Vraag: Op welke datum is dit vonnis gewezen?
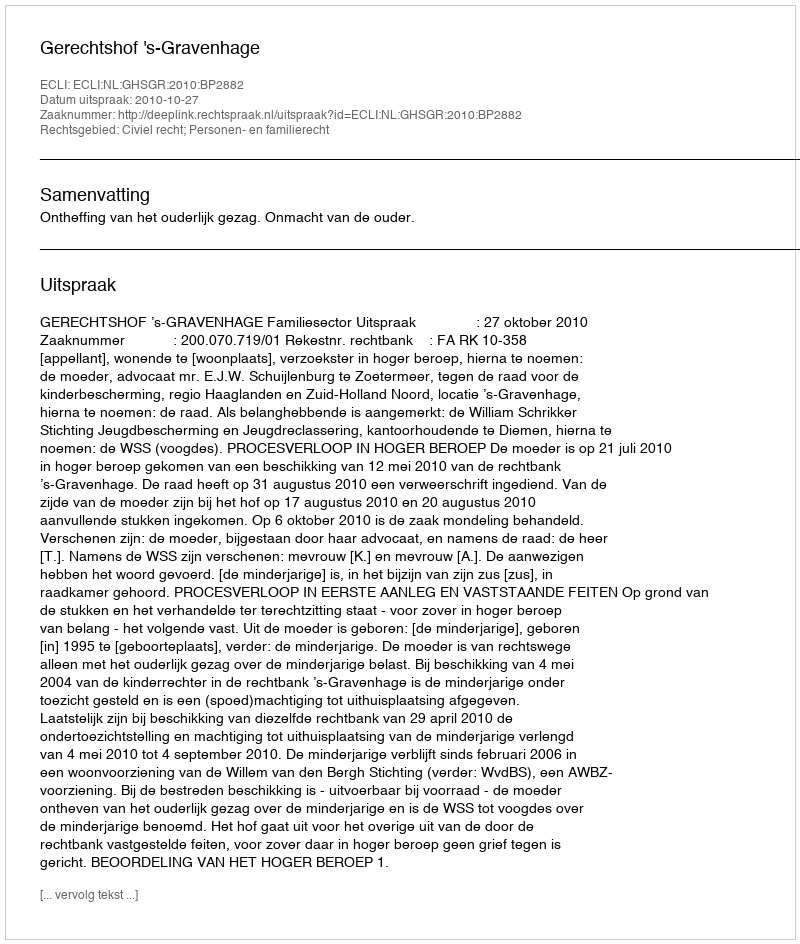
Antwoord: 2010-10-27